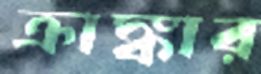
ক্রাঙ্কার